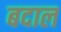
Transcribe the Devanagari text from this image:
बदाल